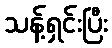
သန့်ရှင်းပြီး